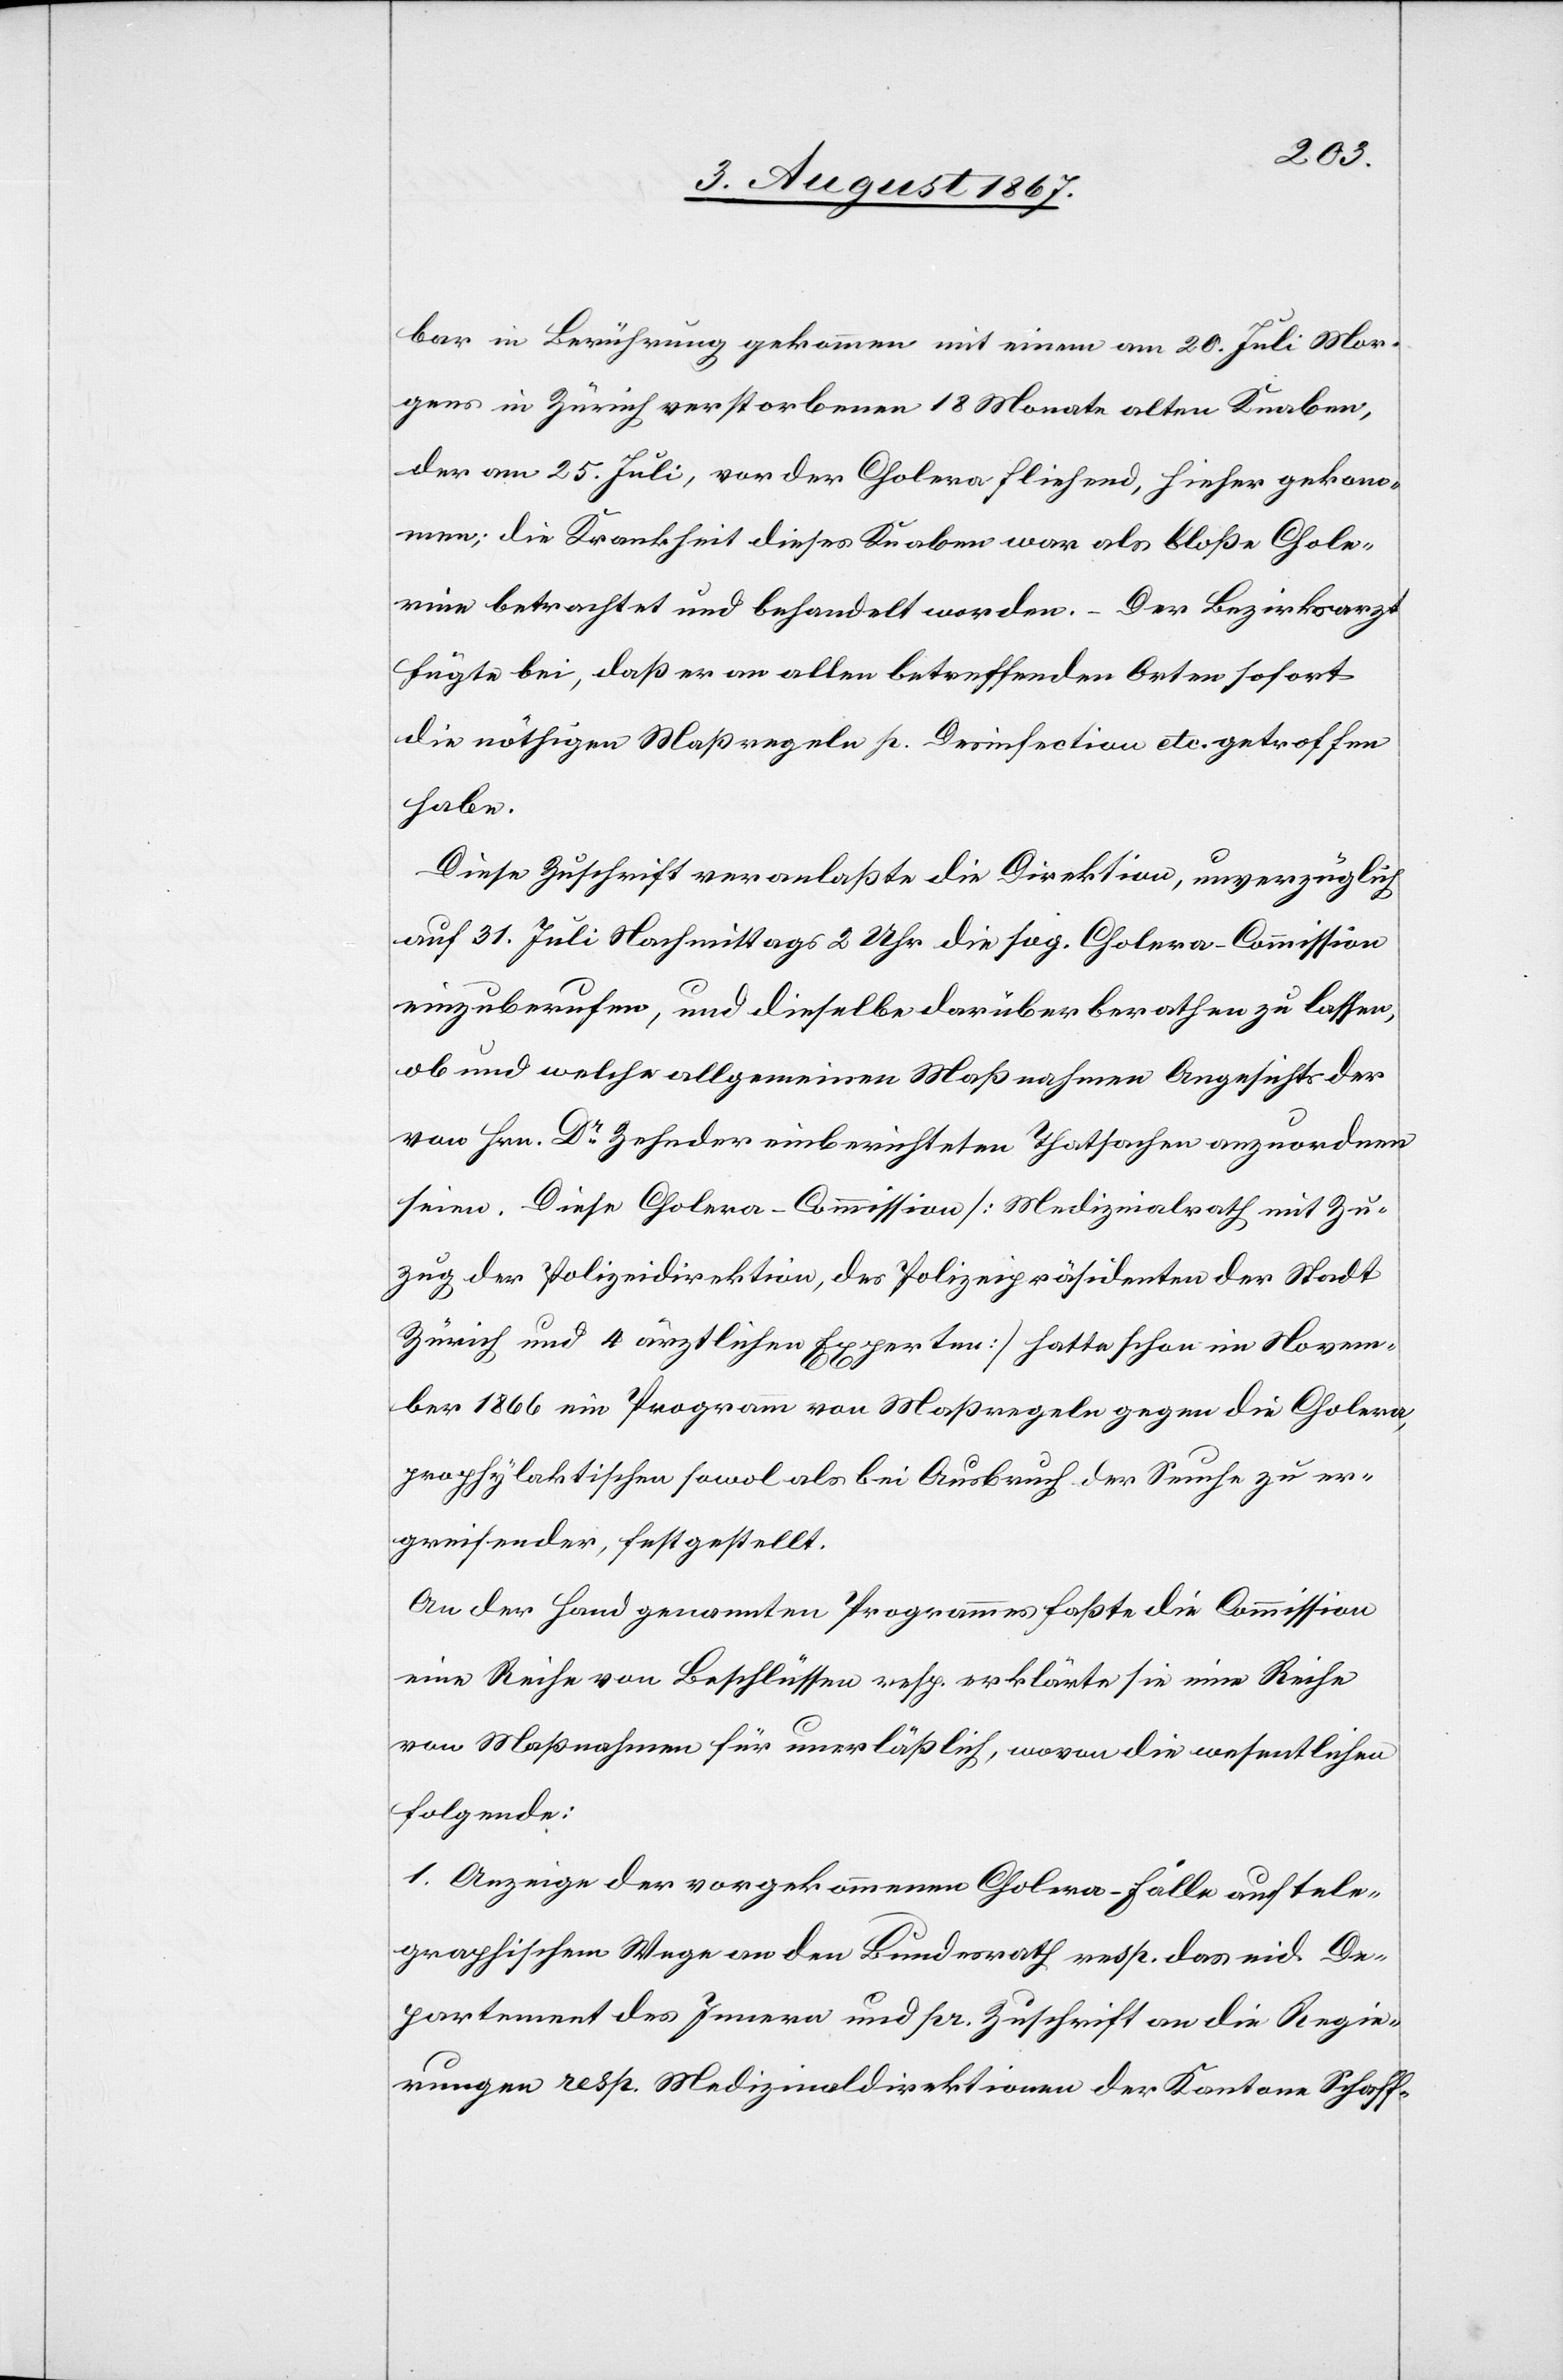
Mor¬
bar in Berührung gekommen mit einem am 20. Juli [re¬
gens in Zürich verstorbenen 18 Monate alten Knaben,
der am 25. Juli, vor der Cholera fliehend, hieher gekom¬
men; die Krankheit dieses Knaben war als bloße Chole¬
rine betrachtet und behandelt worden. – Der Bezirksarzt
fügte bei, daß er an allen betreffenden Orten sofort
die nöthigen Maßregeln p. Desinfection etc. getroffen
habe.
Diese Zuschrift veranlaßte die Direktion, unverzüglich
auf 31. Juli Nachmittags 2 Uhr, die sog. Cholera-Commission
einzuberufen, und dieselbe darüber berathen zu lassen,
ob und welche allgemeinen Maßregeln Angesichts der
von Hrn. Dr. Zehnder einberichteten Thatsachen anzuordnen
seien. Diese Cholera-Commission [Medizinalrath mit Zu¬
zug der Polizeidirektion, des Polizeipräsidenten der Stadt
Zürich und 4 ärztlichen Experten] hatte schon im Novem¬
ber 1866 ein Programm von Maßregeln gegen die Cholera
prophylaktischen sowol als bei Ausbruch der Seuche zu er¬
greifenden, festgestellt.
An der Hand genannten Programmes faßte die Commission
eine Reihe von Beschlüssen resp. erklärte sie eine Reihe
von Maßregeln für unerläßlich, wovon die wesentlichen
folgende:
1. Anzeige der vorgekommenen Cholera-Fälle auf tele¬
graphischem Wege an den Bundesrath resp. das eid. De¬
partement des Innern und pr. Zuschrift an die Regie¬
rungen resp. Medizinaldirektionen der Kantone Schaff-